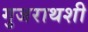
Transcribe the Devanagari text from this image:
गुजराथशी